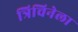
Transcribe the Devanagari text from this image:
त्रिचिनेला